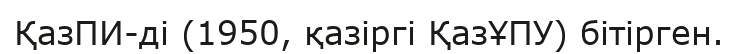
ҚазПИ-ді (1950, қазіргі ҚазҰПУ) бітірген.